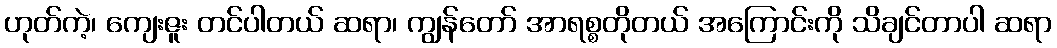
ဟုတ်ကဲ့၊ ကျေးဇူး တင်ပါတယ် ဆရာ၊ ကျွန်တော် အာရစ္စတိုတယ် အကြောင်းကို သိချင်တာပါ ဆရာ